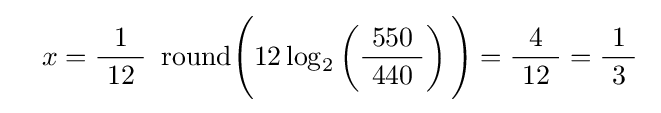
\quad x={\frac {1}{\ 12\ }}\ \operatorname {round} \!{\Biggl (}12\log _{2}\left({\frac {\ 550\ }{440}}\right){\Biggr )}={\frac {4}{\ 12\ }}={\frac {1}{\ 3\ }}~